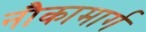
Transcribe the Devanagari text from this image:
नौकामार्ग